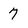
Character: 7